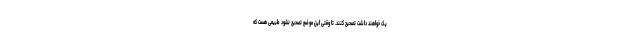
یک خواهند داشت تصحیح کنند. تا وقتی این موضع تصحیح نشود طبیعی هست که